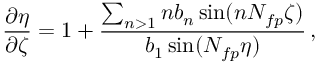
\frac { \partial \eta } { \partial \zeta } = 1 + \frac { \sum _ { n > 1 } n b _ { n } \sin ( n N _ { f p } \zeta ) } { b _ { 1 } \sin ( N _ { f p } \eta ) } \, ,